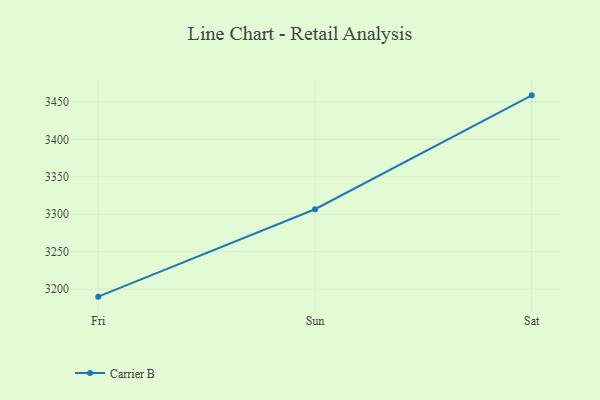
{"axis": {"x": "Day", "y": "Active Users"}, "legend": ["Carrier B"], "data": [{"x": "Fri", "y": 3189.9, "type": "Carrier B"}, {"x": "Sun", "y": 3306.6, "type": "Carrier B"}, {"x": "Sat", "y": 3458.7, "type": "Carrier B"}]}